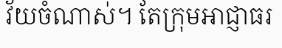
វ័យចំណាស់។ តែក្រុមអាជ្ញាធរ